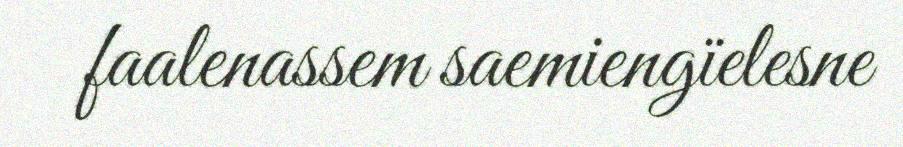
faalenassem saemiengïelesne